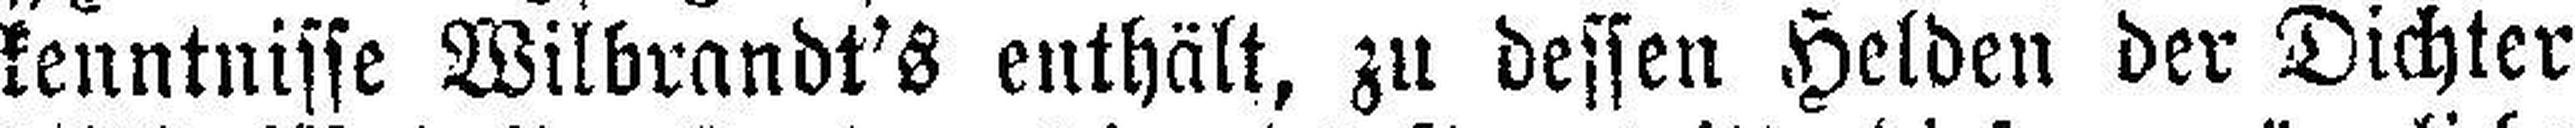
kenntnisse Wilbrandt's enthält, zu dessen Helden der Dichter